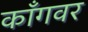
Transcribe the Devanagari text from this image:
काँगवर